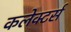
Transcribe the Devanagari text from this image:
कलेक्‍टर्स